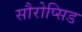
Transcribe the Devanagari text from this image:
सौरोप्सिड